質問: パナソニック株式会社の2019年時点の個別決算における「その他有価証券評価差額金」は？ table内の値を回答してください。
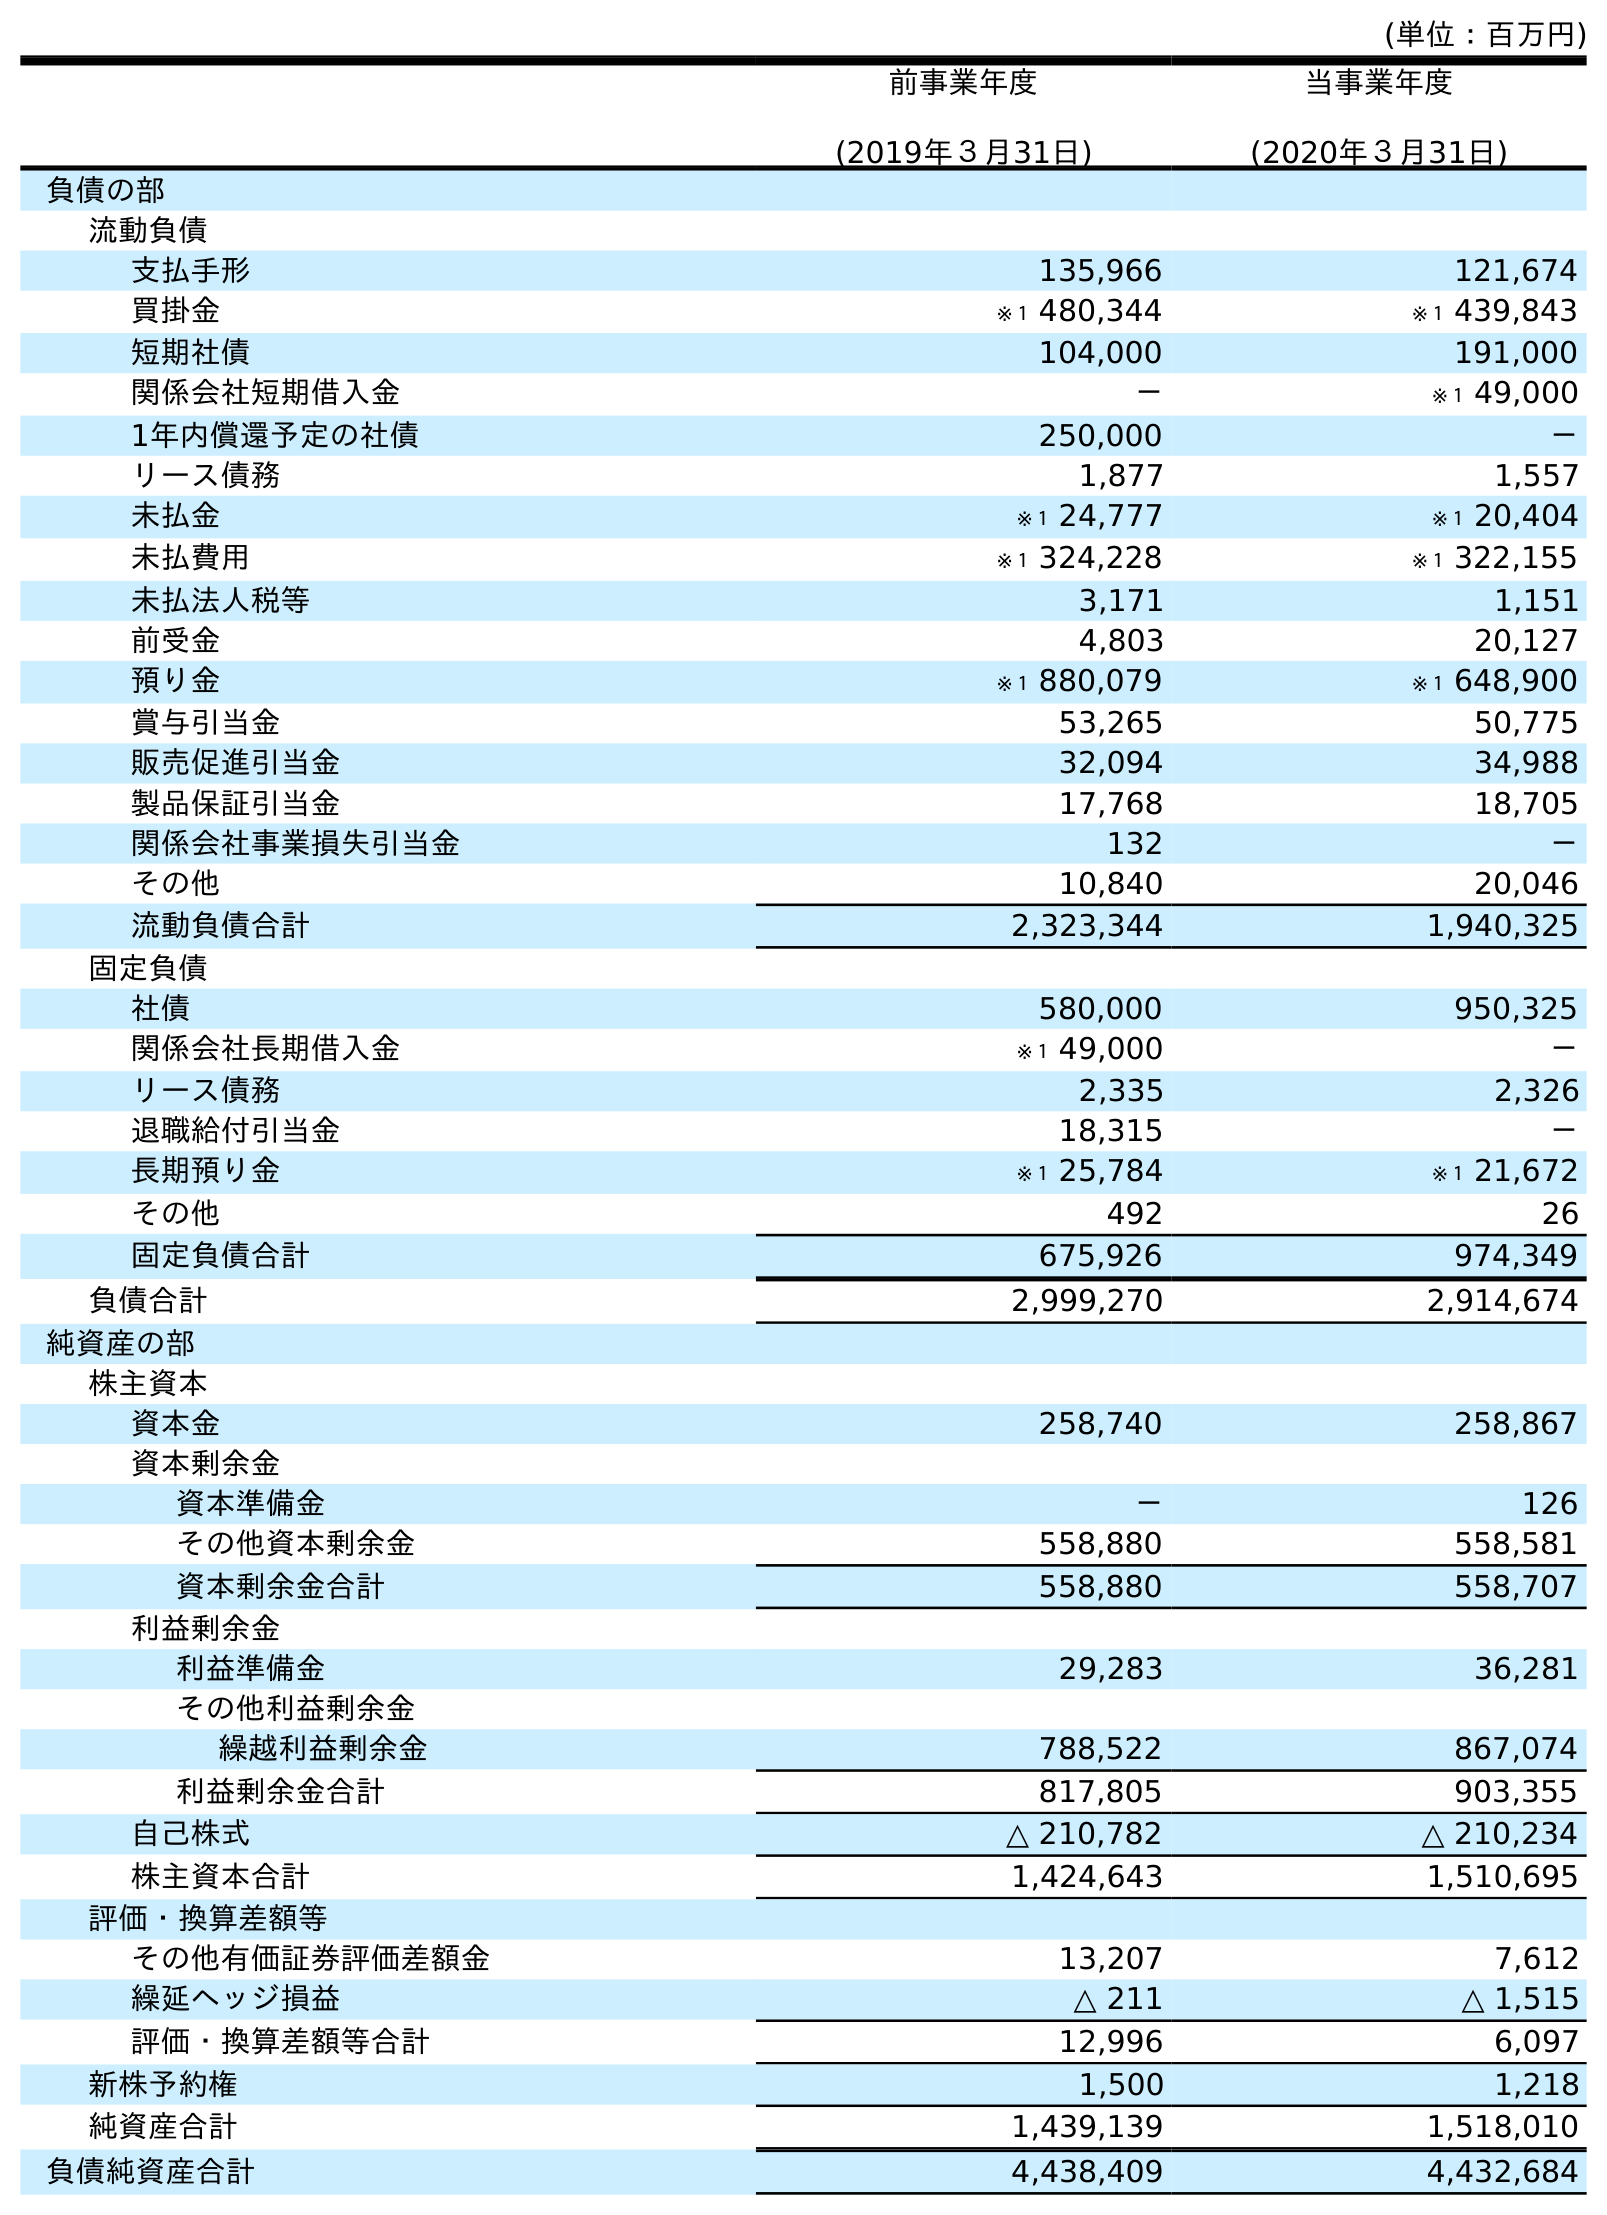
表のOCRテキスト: (単位：百万円) 前事業年度 (2019年３月31日) 当事業年度 (2020年３月31日) 負債の部 流動負債 支払手形 135,966 121,674 買掛金 ※１ 480,344 ※１ 439,843 短期社債 104,000 191,000 関係会社短期借入金 － ※１ 49,000 1年内償還予定の社債 250,000 － リース債務 1,877 1,557 未払金 ※１ 24,777 ※１ 20,404 未払費用 ※１ 324,228 ※１ 322,155 未払法人税等 3,171 1,151 前受金 4,803 20,127 預り金 ※１ 880,079 ※１ 648,900 賞与引当金 53,265 50,775 販売促進引当金 32,094 34,988 製品保証引当金 17,768 18,705 関係会社事業損失引当金 132 － その他 10,840 20,046 流動負債合計 2,323,344 1,940,325 固定負債 社債 580,000 950,325 関係会社長期借入金 ※１ 49,000 － リース債務 2,335 2,326 退職給付引当金 18,315 － 長期預り金 ※１ 25,784 ※１ 21,672 その他 492 26 固定負債合計 675,926 974,349 負債合計 2,999,270 2,914,674 純資産の部 株主資本 資本金 258,740 258,867 資本剰余金 資本準備金 － 126 その他資本剰余金 558,880 558,581 資本剰余金合計 558,880 558,707 利益剰余金 利益準備金 29,283 36,281 その他利益剰余金 繰越利益剰余金 788,522 867,074 利益剰余金合計 817,805 903,355 自己株式 △ 210,782 △ 210,234 株主資本合計 1,424,643 1,510,695 評価・換算差額等 その他有価証券評価差額金 13,207 7,612 繰延ヘッジ損益 △ 211 △ 1,515 評価・換算差額等合計 12,996 6,097 新株予約権 1,500 1,218 純資産合計 1,439,139 1,518,010 負債純資産合計 4,438,409 4,432,684
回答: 13,207